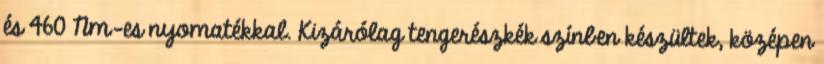
és 460 Nm-es nyomatékkal. Kizárólag tengerészkék színben készültek, középen